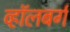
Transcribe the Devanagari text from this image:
व्हाॅलबर्ग